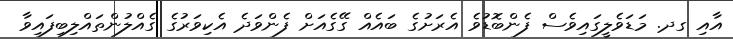
އާއި ގދ. މަޑަވެލީގައިވެސް ފެންބޮޑުވެ އެރަށުގެ ބައެއް ގޭގެއަށް ފެންވަދެ އެކިވަރުގެ ގެއްލުންތައްލިބިފައިވާ